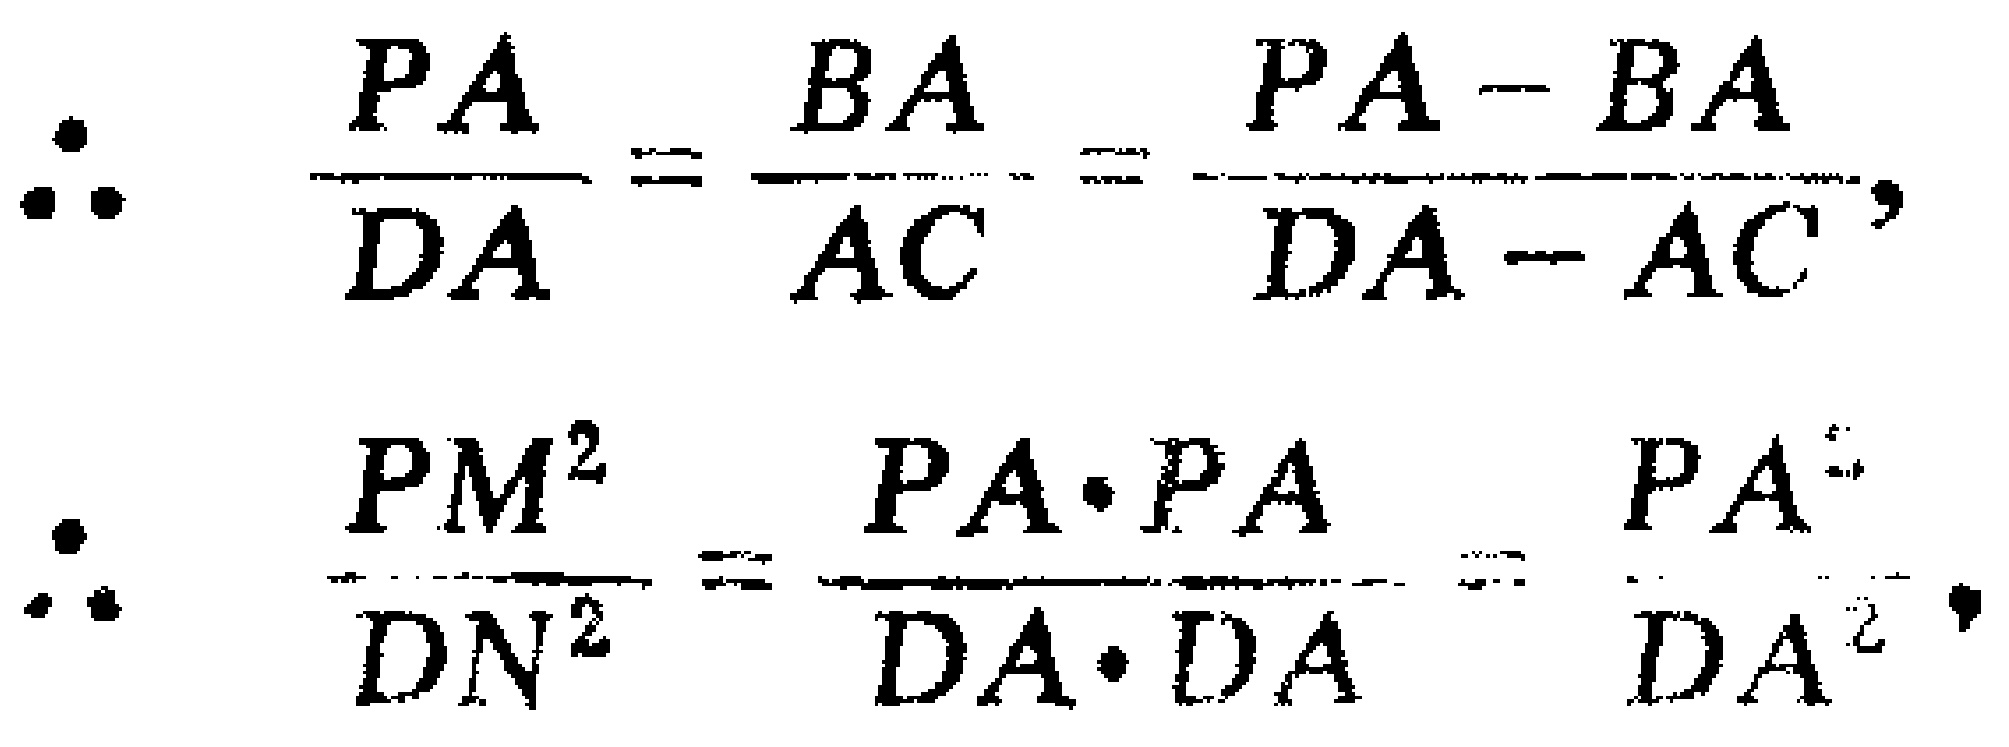
\[\therefore \frac{PA}{DA}=\frac{BA}{AC}=\frac{PA - BA}{DA - AC},\]
\[\therefore \frac{PM^{2}}{DN^{2}}=\frac{PA\cdot PA}{DA\cdot DA}=\frac{PA^{2}}{DA^{2}}.\]